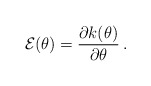
\begin{align*} {\cal E}(\theta)=\frac{\partial k(\theta)}{\partial \theta}\, .\end{align*}